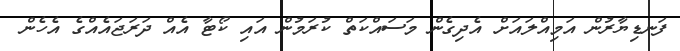
ފަނޑިޔާރުން އަމިއްލައަށް އެދިގެން މަސައްކަތް ކުރަމުން އައި ކޯޓާ އެއް ދަރަޖައެއްގެ އެހެން